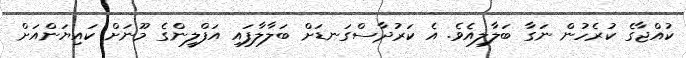
ކުއްޖާގެ ކުރެހުން ނަގާ ބަލާލިއެވެ. އެ ކަރުދާސްގަނޑަށް ބަލާލާފައި އަފްލީންގެ މޫނަށް ކައިޔަންއަށް